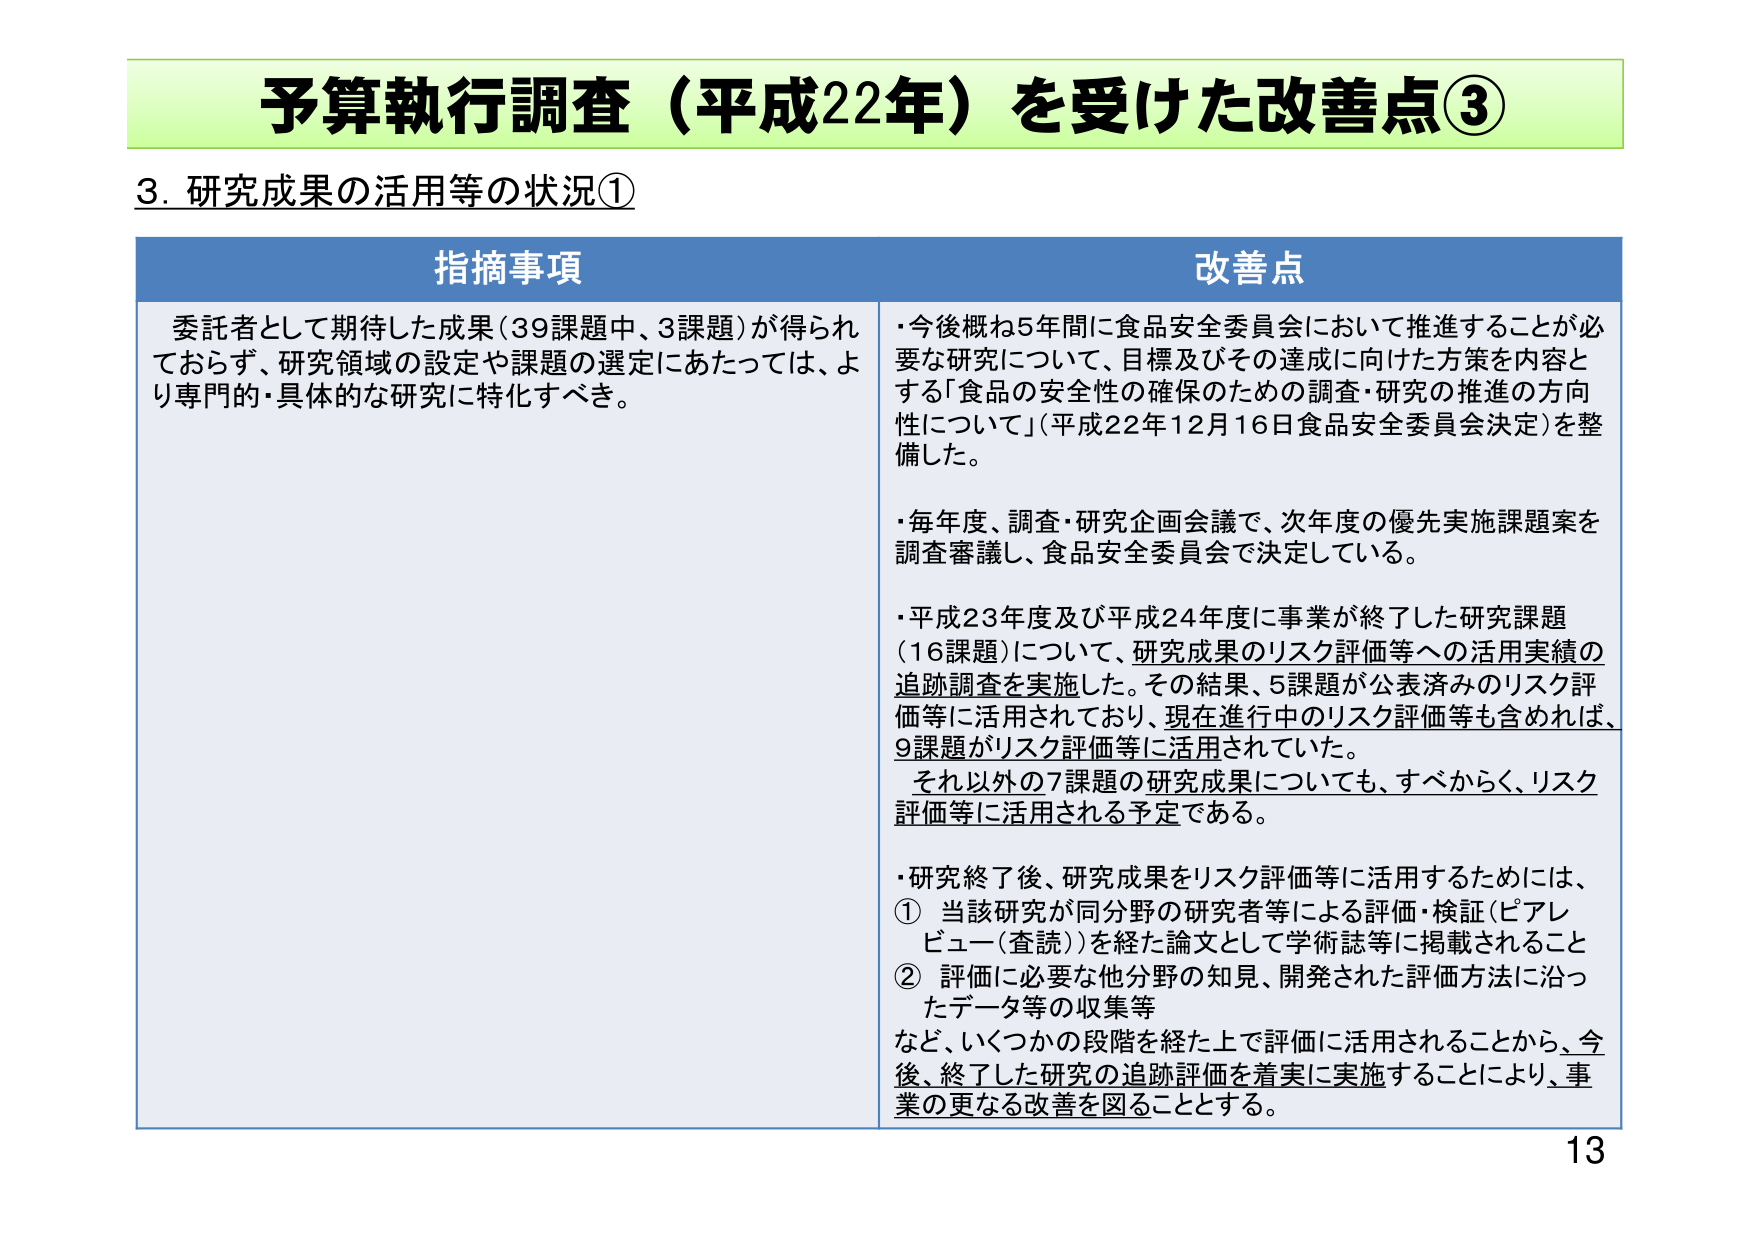
予算執行調査（平成22年）を受けた改善点③

3. 研究成果の活用等の状況①

指摘事項
委託者として期待した成果（39課題中、3課題）が得られておらず、研究領域の設定や課題の選定にあたっては、より専門的・具体的な研究に特化すべき。

改善点
・今後概ね5年間に食品安全委員会において推進することが必要な研究について、目標及びその達成に向けた方策を内容とする「食品の安全性の確保のための調査・研究の推進の方向性について」（平成22年12月16日食品安全委員会決定）を整備した。

・毎年度、調査・研究企画会議で、次年度の優先実施課題案を調査審議し、食品安全委員会で決定している。

・平成23年度及び平成24年度に事業が終了した研究課題（16課題）について、研究成果のリスク評価等への活用実績の追跡調査を実施した。その結果、5課題が公表済みのリスク評価等に活用されており、現在進行中のリスク評価等も含めれば、9課題がリスク評価等に活用されていた。
　それ以外の7課題の研究成果についても、すべからく、リスク評価等に活用される予定である。

・研究終了後、研究成果をリスク評価等に活用するためには、
① 当該研究が同分野の研究者等による評価・検証（ピアレビュー（査読））を経た論文として学術誌等に掲載されること
② 評価に必要な他分野の知見、開発された評価方法に沿ったデータ等の収集等
など、いくつかの段階を経た上で評価に活用されることから、今後、終了した研究の追跡評価を着実に実施することにより、事業の更なる改善を図ることとする。

13